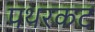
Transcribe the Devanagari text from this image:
पथरकट